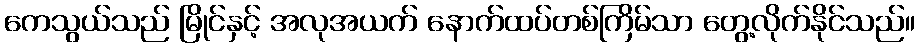
ကေသွယ်သည် မြိုင်နှင့် အလုအယက် နောက်ထပ်တစ်ကြိမ်သာ တွေ့လိုက်နိုင်သည်။